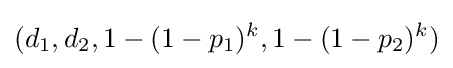
(d_{1},d_{2},1-(1-p_{1})^{k},1-(1-p_{2})^{k})